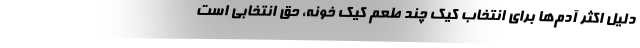
دلیل اکثر آدم‌ها برای انتخاب کیک چند طعم کیک خونه، حق انتخابی است